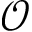
\mathcal { O }